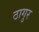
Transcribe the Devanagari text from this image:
ठागुर